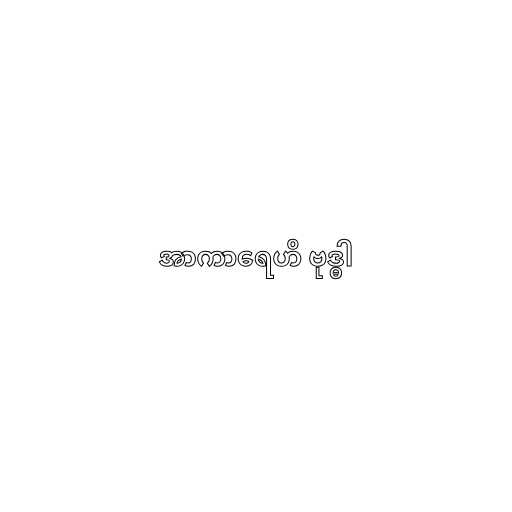
အာကာရေဟိ ဗုဒ္ဓါ